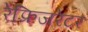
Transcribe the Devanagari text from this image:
रेफ़्रिजरेटर